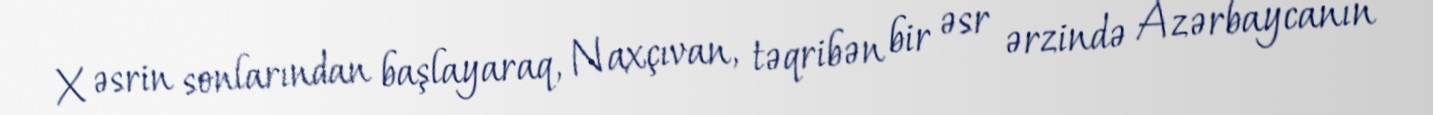
X əsrin sonlarından başlayaraq, Naxçıvan, təqribən bir əsr ərzində Azərbaycanın